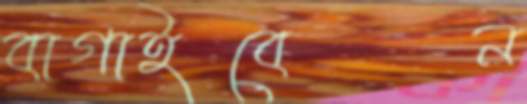
বাগাইবেন